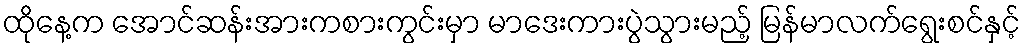
ထိုနေ့က အောင်ဆန်းအားကစားကွင်းမှာ မာဒေးကားပွဲသွားမည့် မြန်မာလက်ရွေးစင်နှင့်